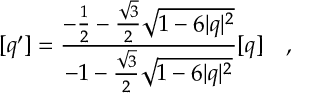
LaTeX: [ q ^ { \prime } ] = \frac { - \frac { 1 } { 2 } - \frac { \sqrt { 3 } } { 2 } \sqrt { 1 - 6 | q | ^ { 2 } } } { - 1 - \frac { \sqrt { 3 } } { 2 } \sqrt { 1 - 6 | q | ^ { 2 } } } [ q ] ~ ~ ~ ,